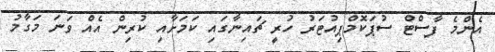
އެންމެ ފާސްޓް ސުޕަކޮމްޕިއުޓަރު ހުރީ ޗައިނާގައި ކަމަށާއި ކުރިން އެއް ވަނަ މަގާމު